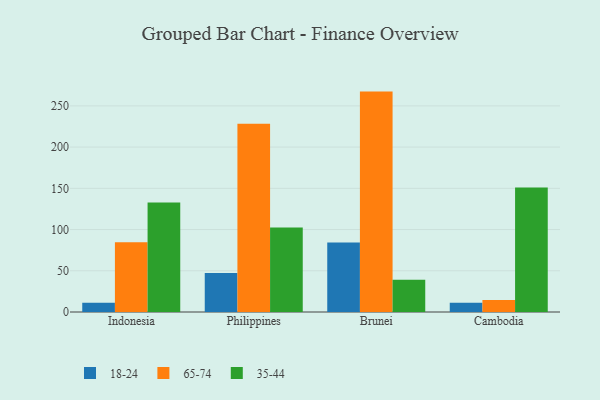
{"axis": {"x": "Country", "y": "Production Output"}, "legend": ["18-24", "35-44", "65-74"], "data": [{"x": "Indonesia", "y": 11.3, "type": "18-24"}, {"x": "Indonesia", "y": 84.6, "type": "65-74"}, {"x": "Indonesia", "y": 132.9, "type": "35-44"}, {"x": "Philippines", "y": 47.3, "type": "18-24"}, {"x": "Philippines", "y": 228.2, "type": "65-74"}, {"x": "Philippines", "y": 102.6, "type": "35-44"}, {"x": "Brunei", "y": 84.4, "type": "18-24"}, {"x": "Brunei", "y": 267.3, "type": "65-74"}, {"x": "Brunei", "y": 39.0, "type": "35-44"}, {"x": "Cambodia", "y": 11.2, "type": "18-24"}, {"x": "Cambodia", "y": 14.6, "type": "65-74"}, {"x": "Cambodia", "y": 151.1, "type": "35-44"}]}